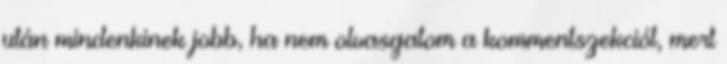
után mindenkinek jobb, ha nem olvasgatom a kommentszekciót, mert